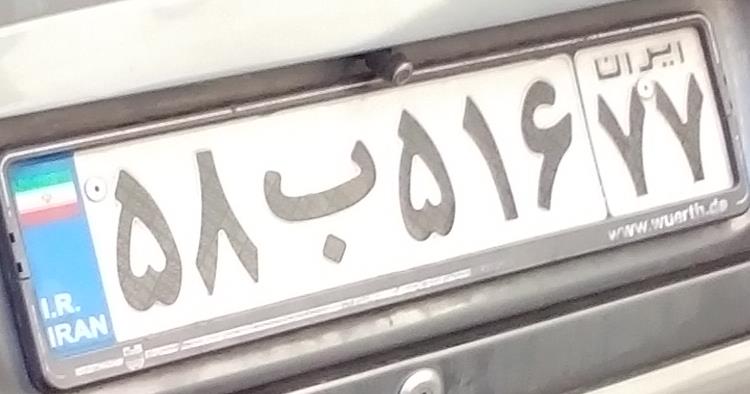
۵۸ب۵۱۶۷۷